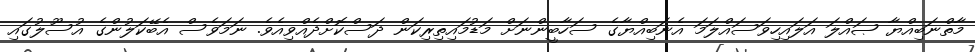
މާތްނަބިއްޔާ ޞައްލަ އަލައިހިވަސައްލަަމަ އެނަބިއްޔާގެ ސަހާބީންނަށް މަޑުމައިތިރިކަން ދަސްކޮށްދެއްވިއެވެ. ނަމަވެސް އެބޭކަލުންގެ އުސޫލުގައި